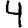
Digit: 4